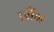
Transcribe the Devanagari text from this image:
त्सैंग